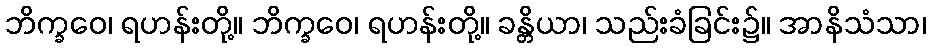
ဘိက္ခဝေ၊ ရဟန်းတို့။ ဘိက္ခဝေ၊ ရဟန်းတို့။ ခန္တိယာ၊ သည်းခံခြင်း၌။ အာနိသံသာ၊